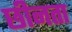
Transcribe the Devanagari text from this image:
छीनता